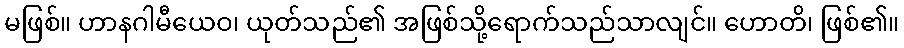
မဖြစ်။ ဟာနဂါမီယေဝ၊ ယုတ်သည်၏ အဖြစ်သို့ရောက်သည်သာလျင်။ ဟောတိ၊ ဖြစ်၏။